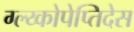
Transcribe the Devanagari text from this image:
ग्ल्य्कोपेप्तिदेस